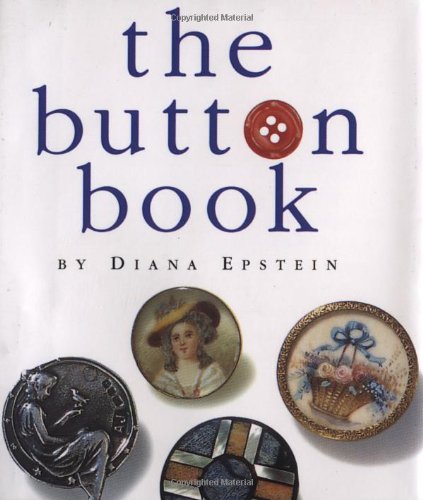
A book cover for The Button Book (Miniature Editions); Diana Epstein; Crafts, Hobbies & Home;